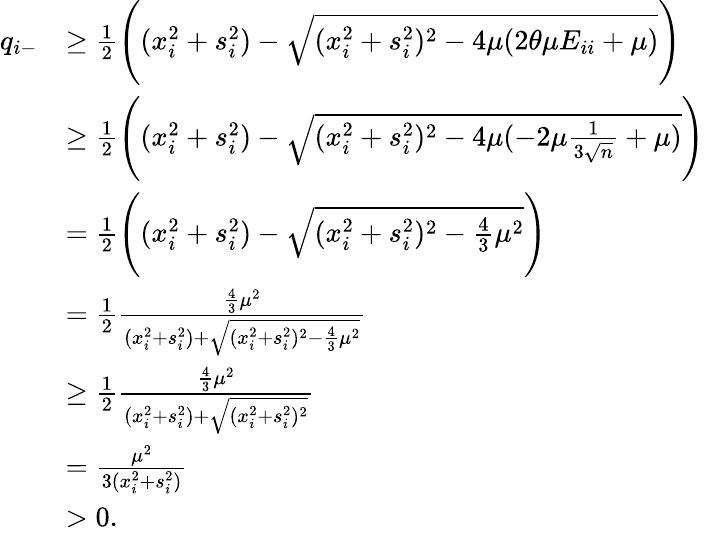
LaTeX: \begin{array}{rl}{q_{i-}}&{\geq\frac{1}{2}\Bigg((x_{i}^{2}+s_{i}^{2})-\sqrt{(x_{i}^{2}+s_{i}^{2})^{2}-4\mu(2\theta\mu E_{ii}+\mu)}\Bigg)}\\ &{\geq\frac{1}{2}\Bigg((x_{i}^{2}+s_{i}^{2})-\sqrt{(x_{i}^{2}+s_{i}^{2})^{2}-4\mu(-2\mu\frac{1}{3\sqrt{n}}+\mu)}\Bigg)}\\ &{=\frac{1}{2}\Bigg((x_{i}^{2}+s_{i}^{2})-\sqrt{(x_{i}^{2}+s_{i}^{2})^{2}-\frac{4}{3}\mu^{2}}\Bigg)}\\ &{=\frac{1}{2}\frac{\frac{4}{3}\mu^{2}}{(x_{i}^{2}+s_{i}^{2})+\sqrt{(x_{i}^{2}+s_{i}^{2})^{2}-\frac{4}{3}\mu^{2}}}}\\ &{\geq\frac{1}{2}\frac{\frac{4}{3}\mu^{2}}{(x_{i}^{2}+s_{i}^{2})+\sqrt{(x_{i}^{2}+s_{i}^{2})^{2}}}}\\ &{=\frac{\mu^{2}}{3(x_{i}^{2}+s_{i}^{2})}}\\ &{>0.}\end{array}